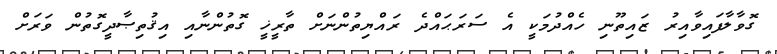
ގޮވާލާފައިވާއިރު ޒައިތޫނި ހެއްދުމަކީ އެ ސަރަޙައްދެ ރައްޔިތުންނަށް ތާރީޚީ ގޮތުންނާއި އިޤުތިޞާދީގޮތުން ވަރަށް